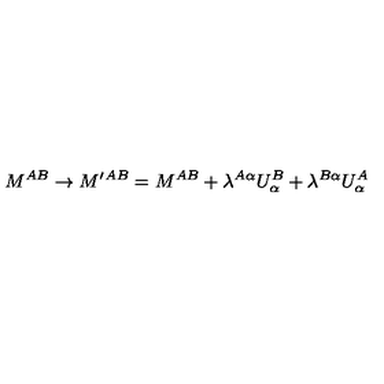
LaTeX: M ^ { A B } \to M ^ { \prime } { } ^ { A B } = M ^ { A B } + \lambda ^ { A \alpha } U _ { \alpha } ^ { B } + \lambda ^ { B \alpha } U _ { \alpha } ^ { A }